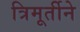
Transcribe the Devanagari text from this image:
त्रिमूर्तीने